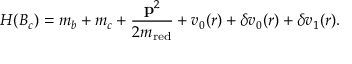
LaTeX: H ( B _ { c } ) = m _ { b } + m _ { c } + { \frac { { \bf p } ^ { 2 } } { 2 m _ { \mathrm { r e d } } } } + v _ { 0 } ( r ) + \delta v _ { 0 } ( r ) + \delta v _ { 1 } ( r ) .